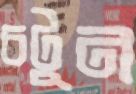
চটুন